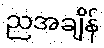
ညအချိန်